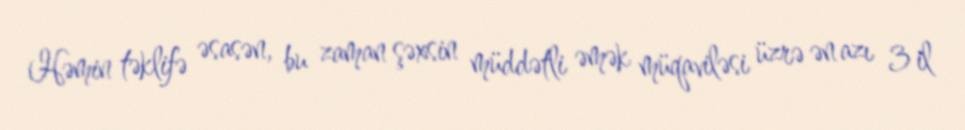
Həmin təklifə əsasən, bu zaman şəxsin müddətli əmək müqaviləsi üzrə ən azı 3 il